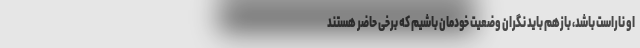
او ناراست باشد، بازهم باید نگران وضعیت خودمان باشیم که برخی حاضر هستند